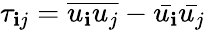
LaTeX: \tau_{\mathbf{i}j}={\overline{{{u_{\mathbf{i}}u_{j}}}}}-{\bar{{u_{\mathbf{i}}}}}{\bar{{u_{j}}}}